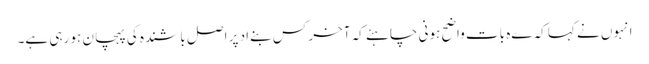
انہوں نے کہا کہ ےہ بات واضح ہونی چاہئے کہ آخر کس بنےاد پر اصل باشندہ کی پہچان ہو رہی ہے۔